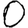
Digit: 0